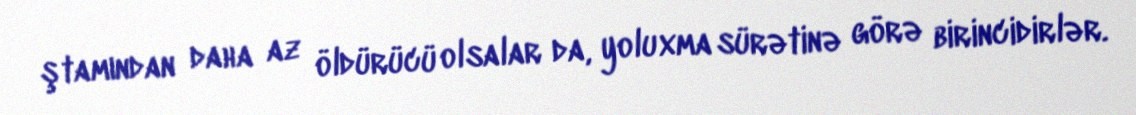
ştamından daha az öldürücü olsalar da, yoluxma sürətinə görə birincidirlər.